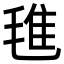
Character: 㲝